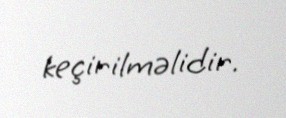
keçirilməlidir.